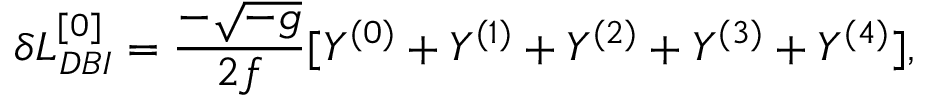
\delta { \cal L } _ { D B I } ^ { [ 0 ] } = \frac { - \sqrt { - g } } { 2 f } [ Y ^ { ( 0 ) } + Y ^ { ( 1 ) } + Y ^ { ( 2 ) } + Y ^ { ( 3 ) } + Y ^ { ( 4 ) } ] ,